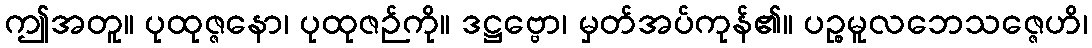
ဤအတူ။ ပုထုဇ္ဇနော၊ ပုထုဇဉ်ကို။ ဒဋ္ဌဗ္ဗော၊ မှတ်အပ်ကုန်၏။ ပဉ္စမူလဘေသဇ္ဇေဟိ၊